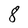
Character: 8